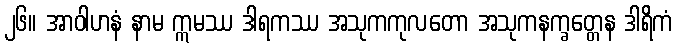
၂၆။ အာဝါဟနံ နာမ ဣမဿ ဒါရကဿ အသုကကုလတော အသုကနက္ခတ္တေန ဒါရိကံ